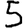
Digit: 5